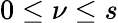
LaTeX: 0\leq\nu\leq s